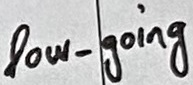
Text: low_going